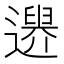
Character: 𨗔